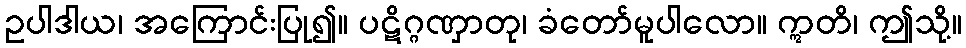
ဥပါဒါယ၊ အကြောင်းပြု၍။ ပဋိဂ္ဂဏှာတု၊ ခံတော်မူပါလော။ ဣတိ၊ ဤသို့။